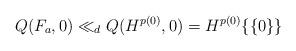
LaTeX: \begin{align*}Q(F_a, 0) \ll_d Q(H^{p(0)}, 0) = H^{p(0)}\{\{0\}\}\end{align*}